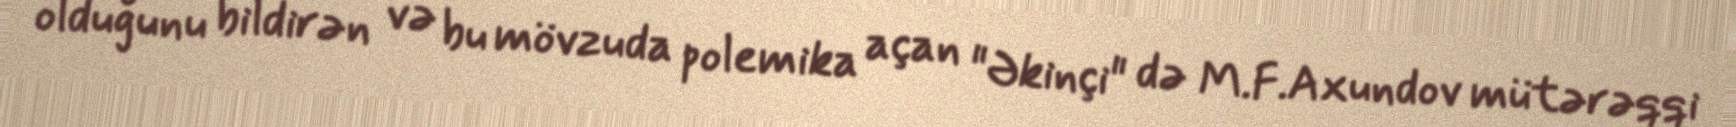
olduğunu bildirən və bu mövzuda polemika açan "Əkinçi" də M.F.Axundov mütərəqqi